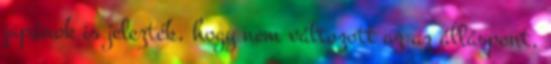
japánok is jelezték, hogy nem változott az az álláspont,